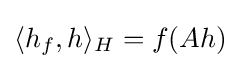
\langle h_{f},h\rangle _{H}=f(Ah)